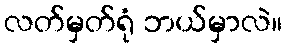
လတ်မှတ်ရုံ ဘယ်မှာလဲ။